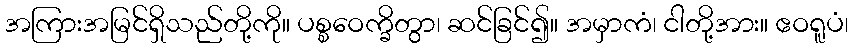
အကြားအမြင်ရှိသည်တို့ကို။ ပစ္စဝေက္ခိတွာ၊ ဆင်ခြင်၍။ အမှာကံ၊ ငါတို့အား။ ဧဝရူပံ၊